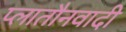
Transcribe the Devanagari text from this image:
प्लातौनवादी